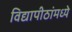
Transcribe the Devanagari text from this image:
विद्यापीठांमध्‍ये